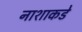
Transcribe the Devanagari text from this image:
नाशाकडे